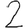
Digit: 2